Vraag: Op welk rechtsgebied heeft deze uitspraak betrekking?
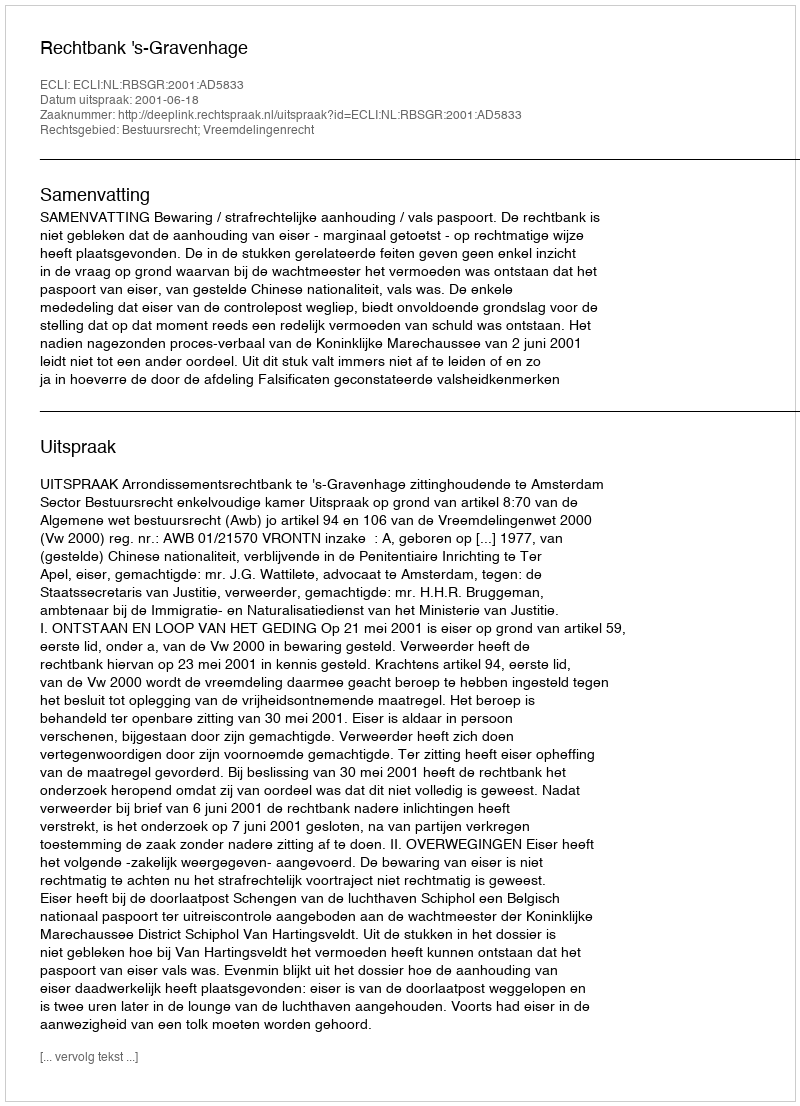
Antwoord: Bestuursrecht; Vreemdelingenrecht